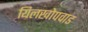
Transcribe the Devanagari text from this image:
यिलखोपवाड